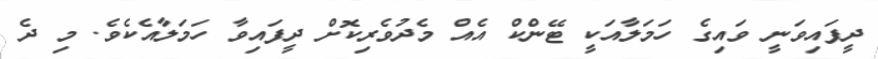
ދީފައިވަނީ ވައިގެ ހަމަލާއަކީ ޓޭންކް އެއް މެދުވެރިކޮށް ދީފައިވާ ހަމަލާއެކެވެ. މި ދެ